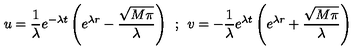
u = \frac { 1 } { \lambda } e ^ { - \lambda t } \left( e ^ { \lambda r } - \frac { \sqrt { M \pi } } { \lambda } \right) \: \: ; \: \: v = - \frac { 1 } { \lambda } e ^ { \lambda t } \left( e ^ { \lambda r } + \frac { \sqrt { M \pi } } { \lambda } \right)